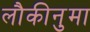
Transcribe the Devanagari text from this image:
लौकीनुमा